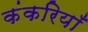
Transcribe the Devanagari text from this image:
कंकरियाँ